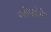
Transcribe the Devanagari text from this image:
स्टोनहेंगे